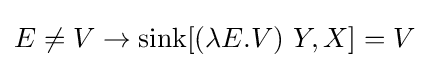
E\neq V\to \operatorname {sink} [(\lambda E.V)\ Y,X]=V